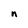
Character: n